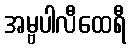
အမ္ဗပါလီထေရီ